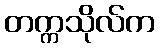
တက္ကသိုလ်က